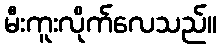
မီးကူးလိုက်လေသည်။